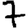
Digit: 7